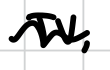
Text: TV,
Cross-out: wave
Writing tool: digital_black